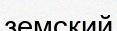
земский